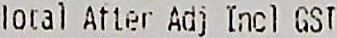
TOTAL ATTER ADJ INCL GST